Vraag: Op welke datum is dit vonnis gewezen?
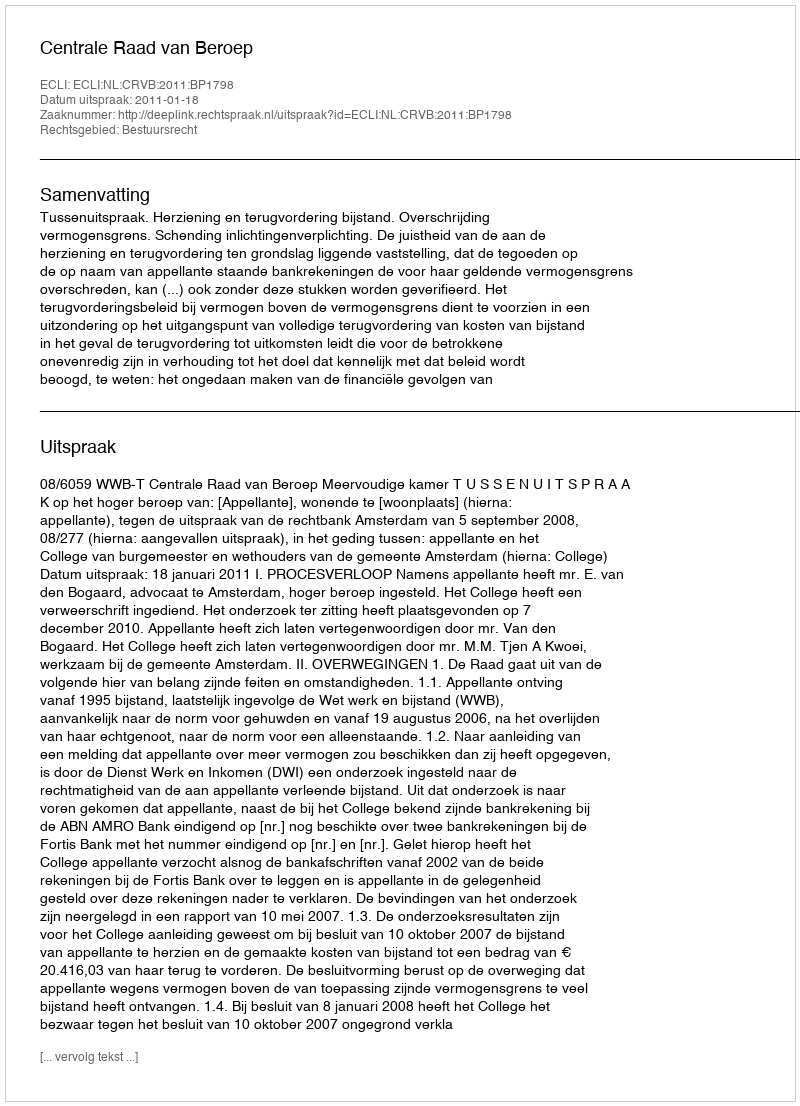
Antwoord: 2011-01-18